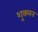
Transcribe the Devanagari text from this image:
शुक्लन